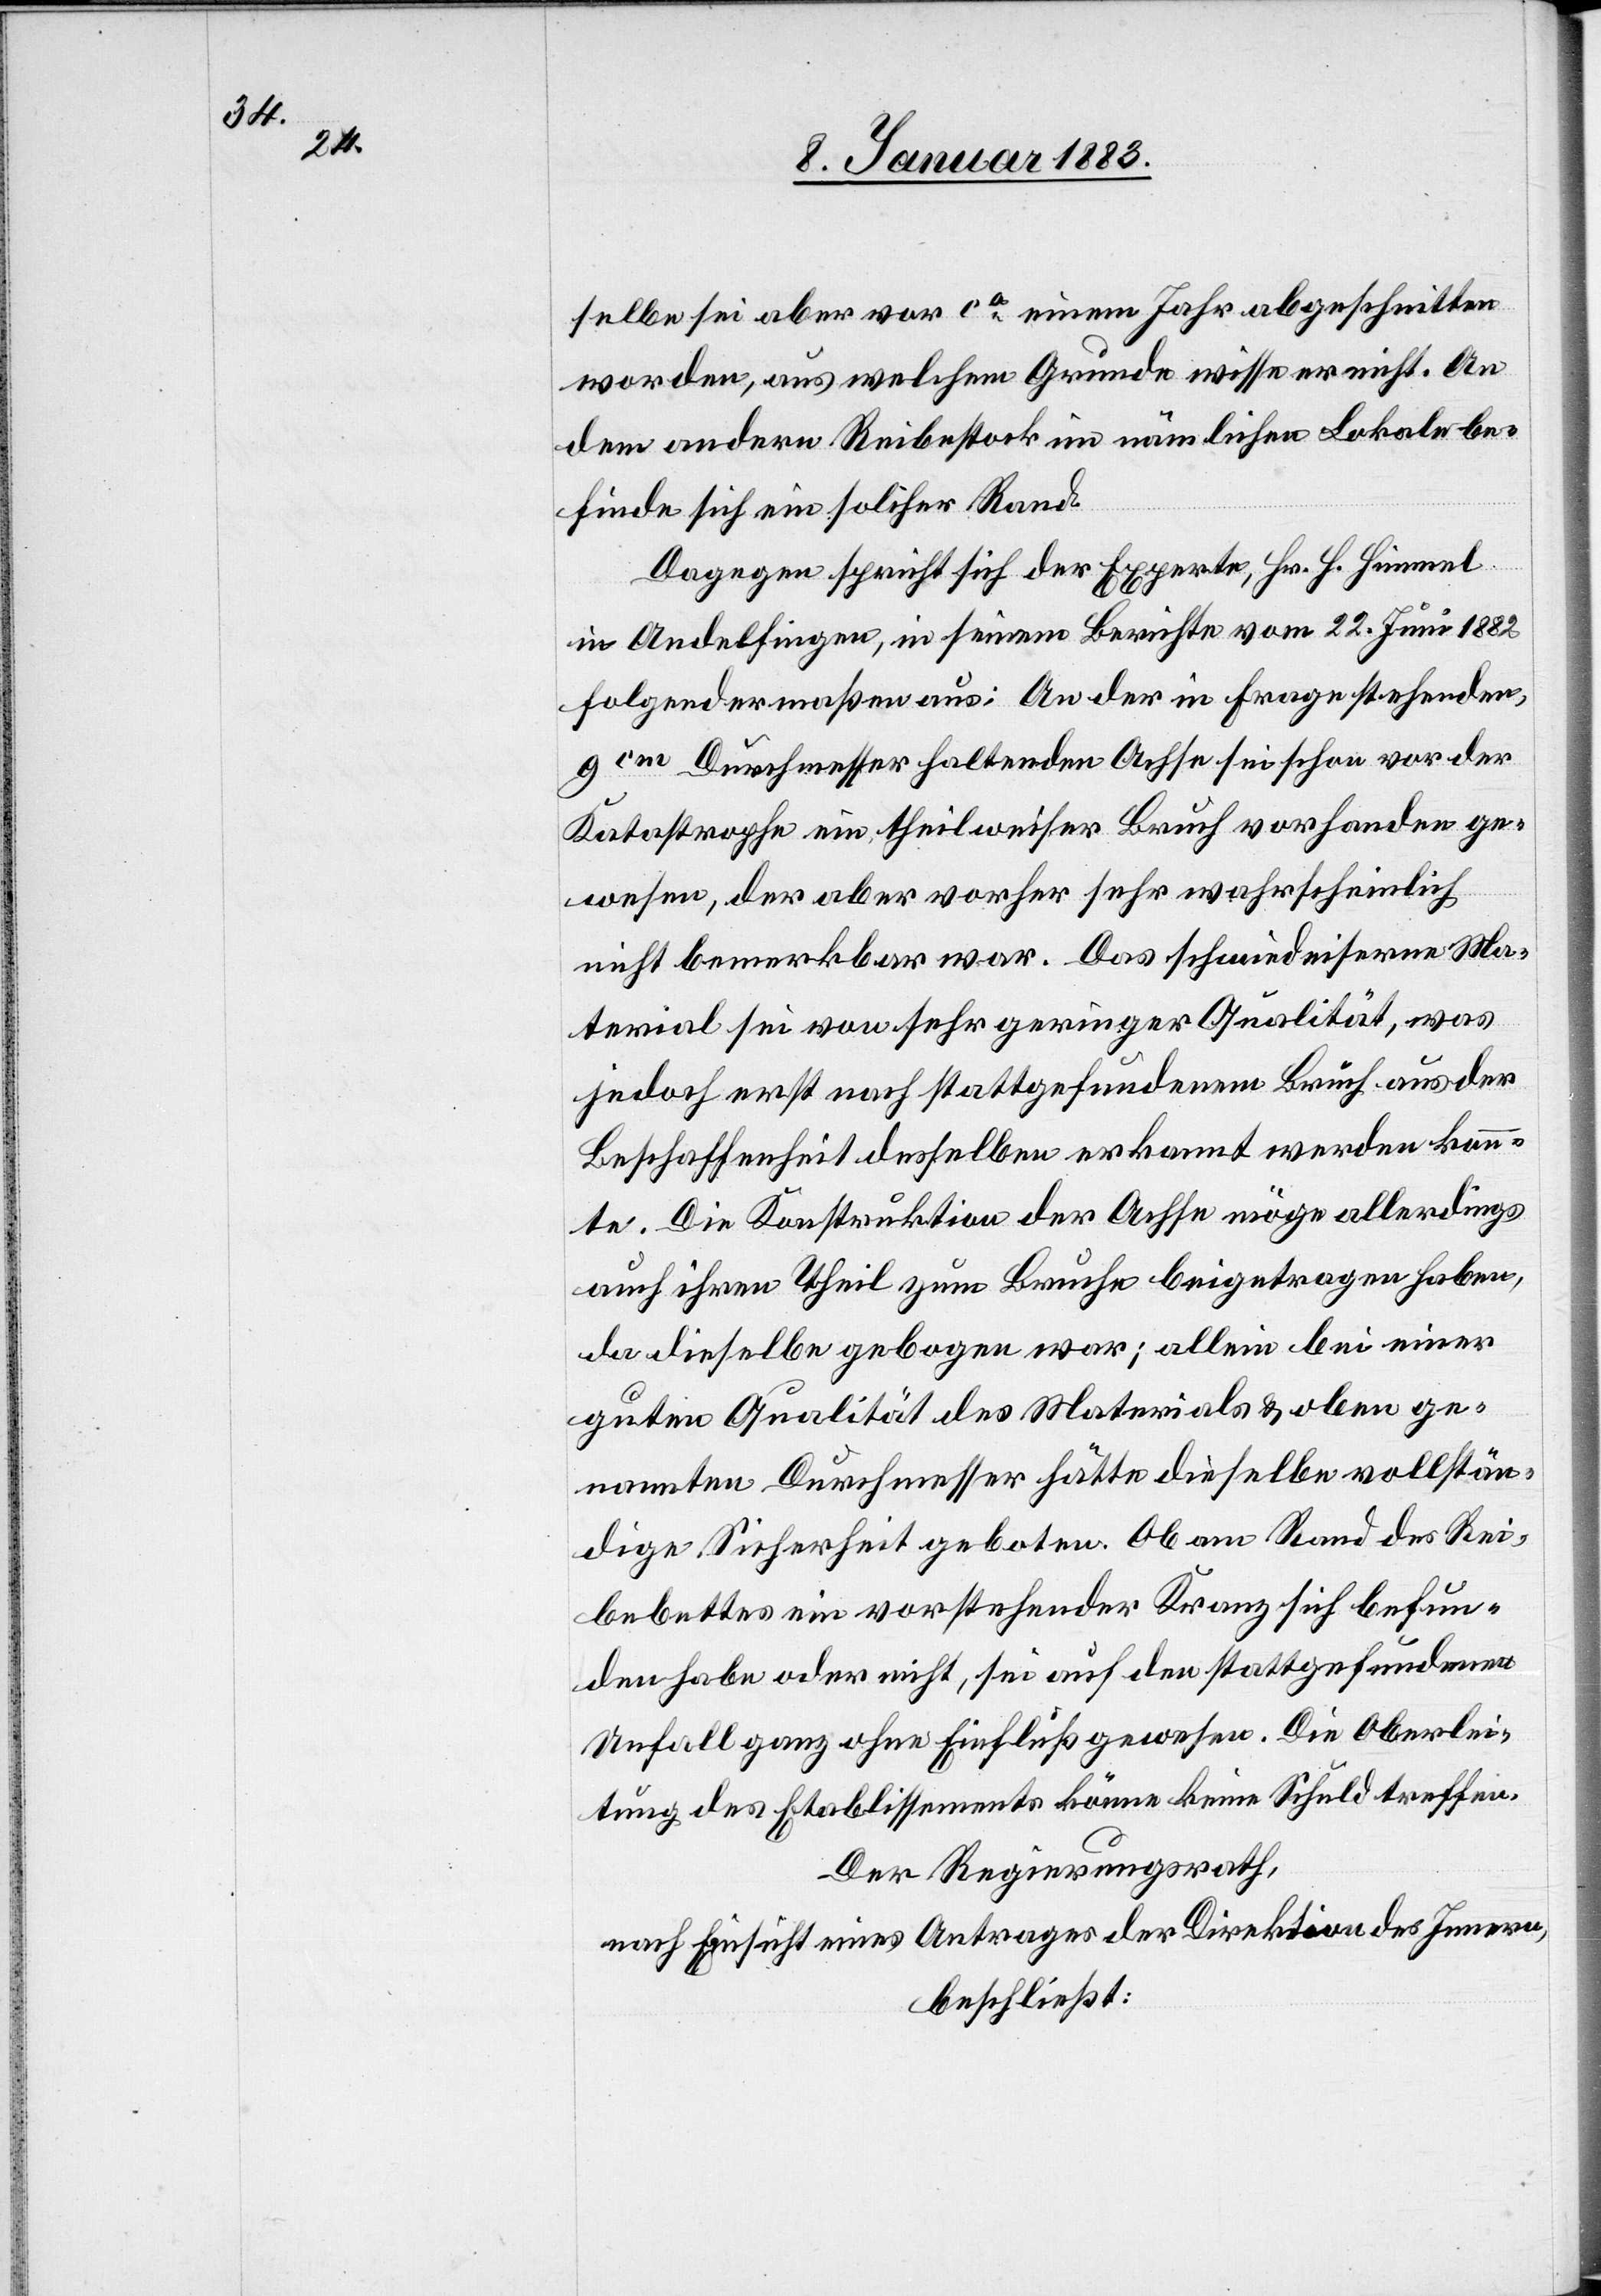
selbe sei aber vor ca einem Jahr abgeschnitten
worden, aus welchem Grunde wisse er nicht. An
dem andern Reibestock im nämlichen Lokale be¬
finde sich ein solcher Rand.
Dagegen spricht sich der Experte, Hr. H. Himmel
in Andelfingen, in seinem Berichte vom 22. Juni 1882
folgendermaßen aus: An der in Frage stehenden,
9cm Durchmesser haltenden Achse sei schon vor der
Katastrophe ein theilweiser Bruch vorhanden ge¬
wesen, der aber vorher sehr wahrscheinlich
nicht bemerkbar war. Das schmiedeiserne Ma¬
terial sei von sehr geringer Qualität, was
jedoch erst nach stattgefundenem Bruch aus der
Beschaffenheit desselben erkannt werden konn¬
te. Die Konstruktion der Achse möge allerdings
auch ihren Theil zum Bruche beigetragen haben,
da dieselbe gebogen war; allein bei einer
guten Qualität des Materials & oben ge¬
nannten Durchmesser hätte dieselbe vollstän¬
dige Sicherheit geboten. Ob am Rand des Rei¬
bebettes ein vorstehender Kranz sich befun¬
den habe oder nicht, sei auf den stattgefundenen
Unfall ganz ohne Einfluß gewesen. Die Oberlei¬
tung des Etablissements könne keine Schuld treffen.
Der Regierungsrath,
nach Einsicht eines Antrages der Direktion des Innern,
beschließt: